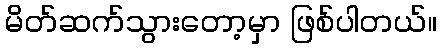
မိတ်ဆက်သွားတော့မှာ ဖြစ်ပါတယ်။